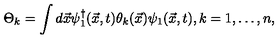
\Theta _ { k } = \int d \vec { x } \psi _ { 1 } ^ { \dag } ( \vec { x } , t ) \theta _ { k } ( \vec { x } ) \psi _ { 1 } ( \vec { x } , t ) , k = 1 , \ldots , n ,